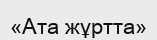
«Ата жұртта»